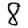
Digit: 8